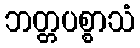
ဘတ္တပစ္စာသံ